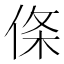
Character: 𪝉